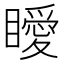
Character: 瞹